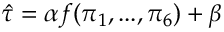
\hat { \tau } = \alpha f ( \pi _ { 1 } , . . . , \pi _ { 6 } ) + \beta